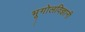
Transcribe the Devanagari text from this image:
भूगोलविज्ञानी